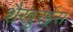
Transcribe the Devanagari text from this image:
शैखुरईस